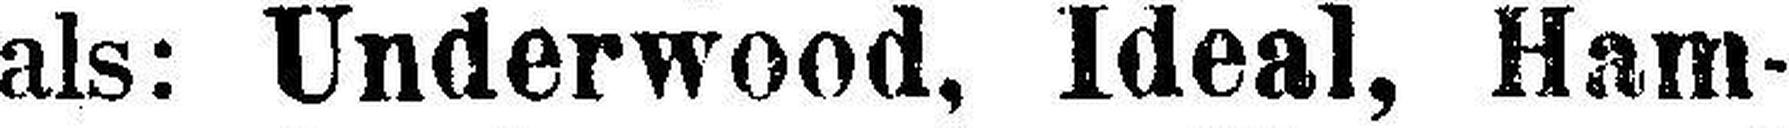
als: Underwood, Ideal, Ham¬